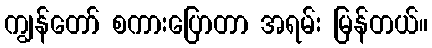
ကျွန်တော် စကားပြောတာ အရမ်း မြန်တယ်။